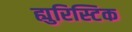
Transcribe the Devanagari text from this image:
ह्युरिस्टिक